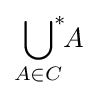
{\underset {A\in C}{\,\,\bigcup \nolimits ^{*}\!}}A